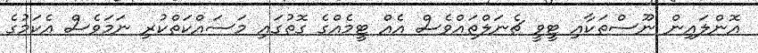
އޮންލައިން ނޫސްތަކާއި ޓީވީ ޗެނަލްތައްވެސް އެއް ޓީމެއްގެ ގޮތުގައި މަސައްކަތްކުރި ނަމަވެސް އެކަމުގެ